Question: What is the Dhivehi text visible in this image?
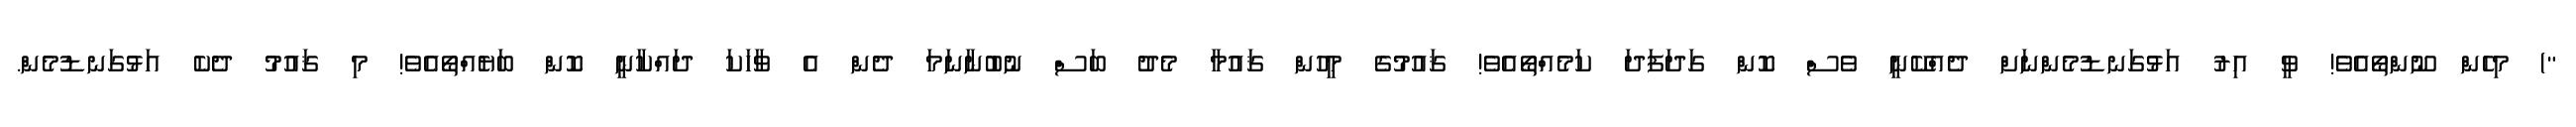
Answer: ") މިހެން ނޫންތޯއެވެ! ވީ އިރު އަޅުގަނޑުމެންނަށް ދެއްކޭނީ ވެސް ކޮން ގަދަފަދަ ކަމެއްތޯއެވެ! ޤައުމުގެ މީހުން ޤައުމާ މެދު ބަސް ނުބުނާނަމަ ދެން އެ ވާހަކަ ދައްކާނީ ކޮން ބަޔެއްތޯއެވެ! މި ޤައުމު ދެކެ އަޅުގަނޑުމެން.